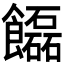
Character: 𩟬